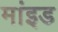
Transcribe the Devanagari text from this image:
मांइड